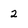
Character: 2